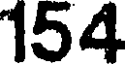
154